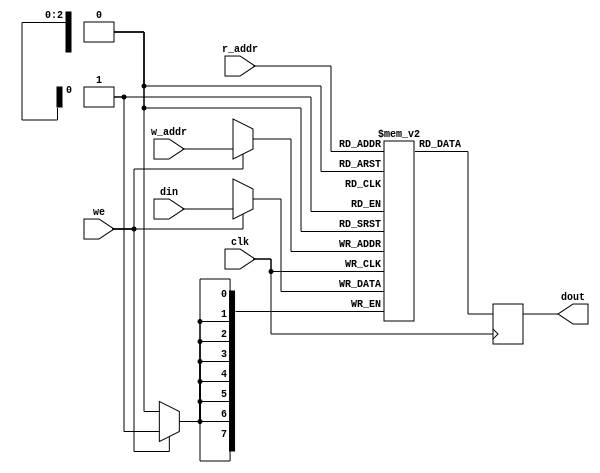

module dualPortRam#(parameter WIDTH = 8,parameter ADDR_WIDTH = 3, parameter DEPTH = 8)
(
	input [WIDTH-1:0]din,
	input we,
	input clk,
	input [ADDR_WIDTH-1:0]w_addr,
	input [ADDR_WIDTH-1:0]r_addr,
	output reg [WIDTH-1:0] dout
);

reg [WIDTH-1:0] ram [DEPTH-1:0];

always@(posedge clk)
	begin: write_process	
		if(we)
			ram[w_addr] <= din;
	end

always@(posedge clk)
	begin: read_process 
		dout <= ram[r_addr]; 
	end

endmodule